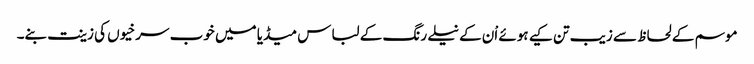
موسم کے لحاظ سے زیب تن کیے ہوئے اْن کے نیلے رنگ کے لباس میڈیا میں خوب سرخیوں کی زینت بنے۔